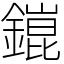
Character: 𨬌